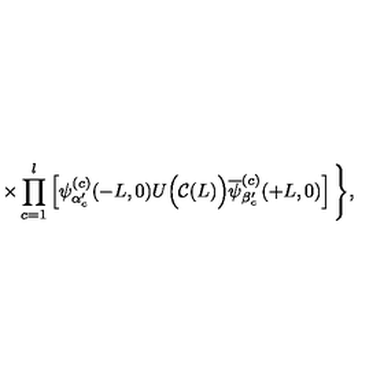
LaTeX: \times \prod _ { c = 1 } ^ { l } \left[ \psi _ { \alpha _ { c } ^ { \prime } } ^ { ( c ) } ( - L , 0 ) U \Big ( { \cal C } ( L ) \Big ) \overline { { \psi } } _ { \beta _ { c } ^ { \prime } } ^ { ( c ) } ( + L , 0 ) \right] \Bigg \} ,